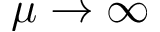
\mu \to \infty